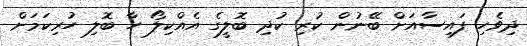
ދިވެހި ފައިސާއަށް ބޭނުން ކުރި ކުދި ބޮލީގެ އެއްކިލޯ ހާ ބޮލި ހުރިކަމަށް